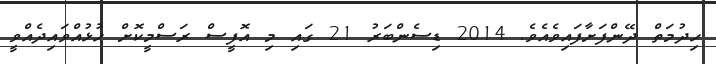
ހިދުމަތް ދޭންފަށާފައިވެއެވެ. 2014 ޑިސެންބަރު 21 ގައި މި އޮފީސް ރަސްމީކޮށް ހުޅުއްވައިދެއްވީ